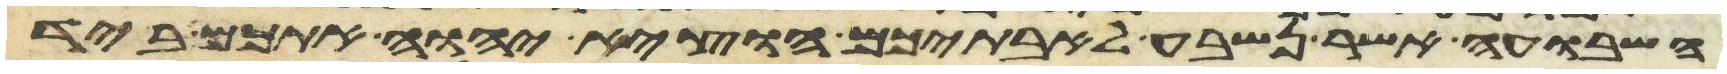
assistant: השבועה אשר נשבע לאבתיכם הוציא יהוה אתכם ביד